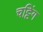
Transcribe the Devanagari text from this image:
चट्टिंग